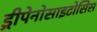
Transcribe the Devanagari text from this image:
ड्रीपेनोसाइटोसिस